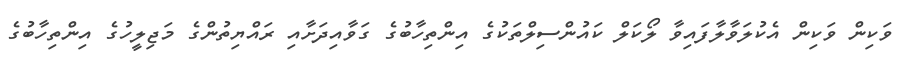
ވަކިން ވަކިން އެކުލަވާލާފައިވާ ލޯކަލް ކައުންސިލްތަކުގެ އިންތިހާބުގެ ގަވާއިދަށާއި ރައްޔިތުންގެ މަޖިލީހުގެ އިންތިހާބުގެ